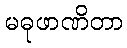
မဓုဖာဏိတာ